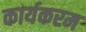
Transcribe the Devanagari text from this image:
कार्यकरम